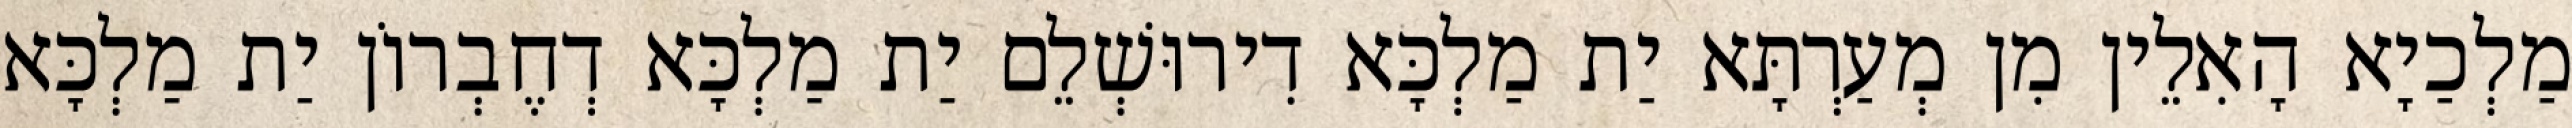
מַלְכַיָא הָאִלֵין מִן מְעַרְתָּא יַת מַלְכָּא דִירוּשְׁלֵם יַת מַלְכָּא דְחֶבְרוֹן יַת מַלְכָּא